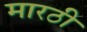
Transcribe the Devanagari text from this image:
मारठी